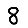
Digit: 8